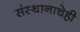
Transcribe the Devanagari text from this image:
संस्थानाचेही